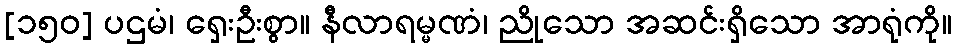
[၁၅၀] ပဌမံ၊ ရှေးဦးစွာ။ နီလာရမ္မဏံ၊ ညိုသော အဆင်းရှိသော အာရုံကို။